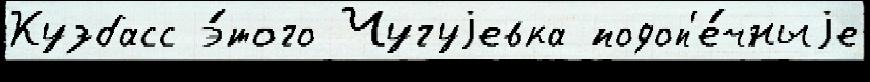
Кузбасс э́того Чугуjевка подоп'е́чныjе